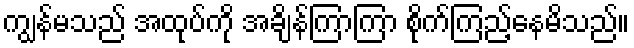
ကျွန်မသည် အထုပ်ကို အချိန်ကြာကြာ စိုက်ကြည့်နေမိသည်။